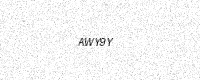
Text: AWY9Y